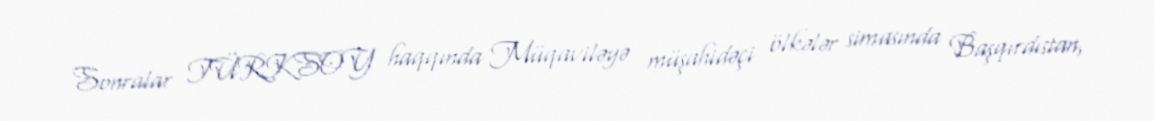
Sonralar TÜRKSOY haqqında Müqaviləyə müşahidəçi ölkələr simasında Başqırdıstan,